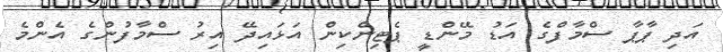
އަދި ޕާޕާ ސްމާފްގެ އަޑު މޭންޑީ ޕެޓިންކިން އަޅައިދޭ އިރު ސްމާފުންގެ އެންމެ